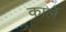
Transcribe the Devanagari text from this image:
कार्ले